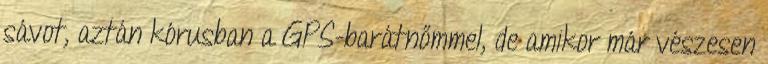
sávot, aztán kórusban a GPS-barátnőmmel, de amikor már vészesen